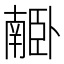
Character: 𦣰